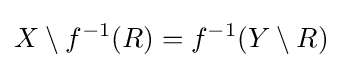
X\setminus f^{-1}(R)=f^{-1}(Y\setminus R)